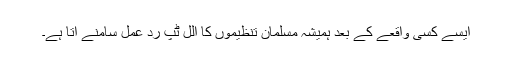
ایسے کسی واقعے کے بعد ہمیشہ مسلمان تنظیموں کا الل ٹپ رد عمل سامنے آتا ہے۔